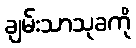
ချမ်းသာသုခကို